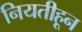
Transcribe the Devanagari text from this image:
नियतीहून